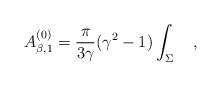
LaTeX: \begin{align*}A_{\beta,1}^{(0)}={\pi \over 3\gamma}(\gamma^2-1)\int_{\Sigma}~~~,\end{align*}